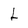
Character: L